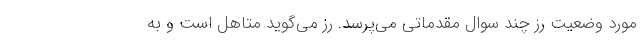
مورد وضعیت رز چند سوال مقدماتی می‌پرسد. رز می‌گوید متاهل است و به